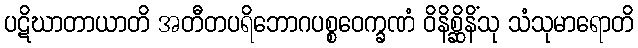
ပဋိဃာတာယာတိ အတီတပရိဘောဂပစ္စဝေက္ခဏံ ဝိနိစ္ဆိနိံသု သံသုမာရောတိ